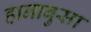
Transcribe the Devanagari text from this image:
हानाबुसा